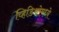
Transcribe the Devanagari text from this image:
व्हिडिओमध्ये